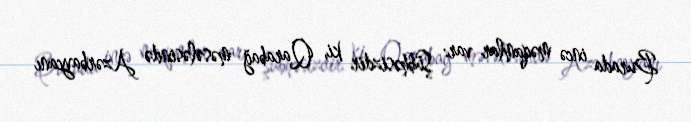
Burada incə məqamlar var: Şübhəsizdir ki, Qarabağ məsələsində Azərbaycanı